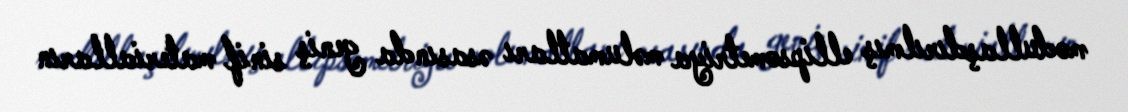
modullaşdırılmış ellipsometriya məlumatları əsasında geniş sinif materialların